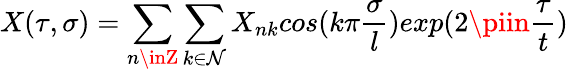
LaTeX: X(\tau,\sigma)=\sum_{n\inZ}\sum_{k\in\mathcal{N}}X_{nk}cos(k\pi\frac{{\sigma}}{{l}})exp(2\piin\frac{{\tau}}{{t}})